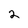
Character: 2